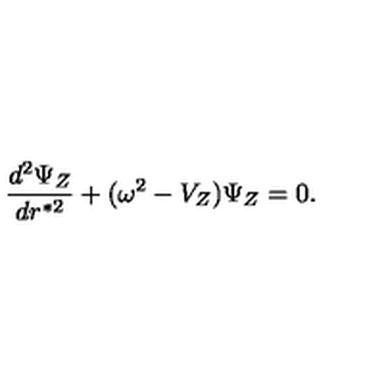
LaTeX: { \frac { d ^ { 2 } \Psi _ { Z } } { d r ^ { * 2 } } } + ( \omega ^ { 2 } - V _ { Z } ) \Psi _ { Z } = 0 .